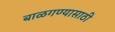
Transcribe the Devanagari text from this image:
बाळगण्यासाठी